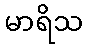
မာရိသ